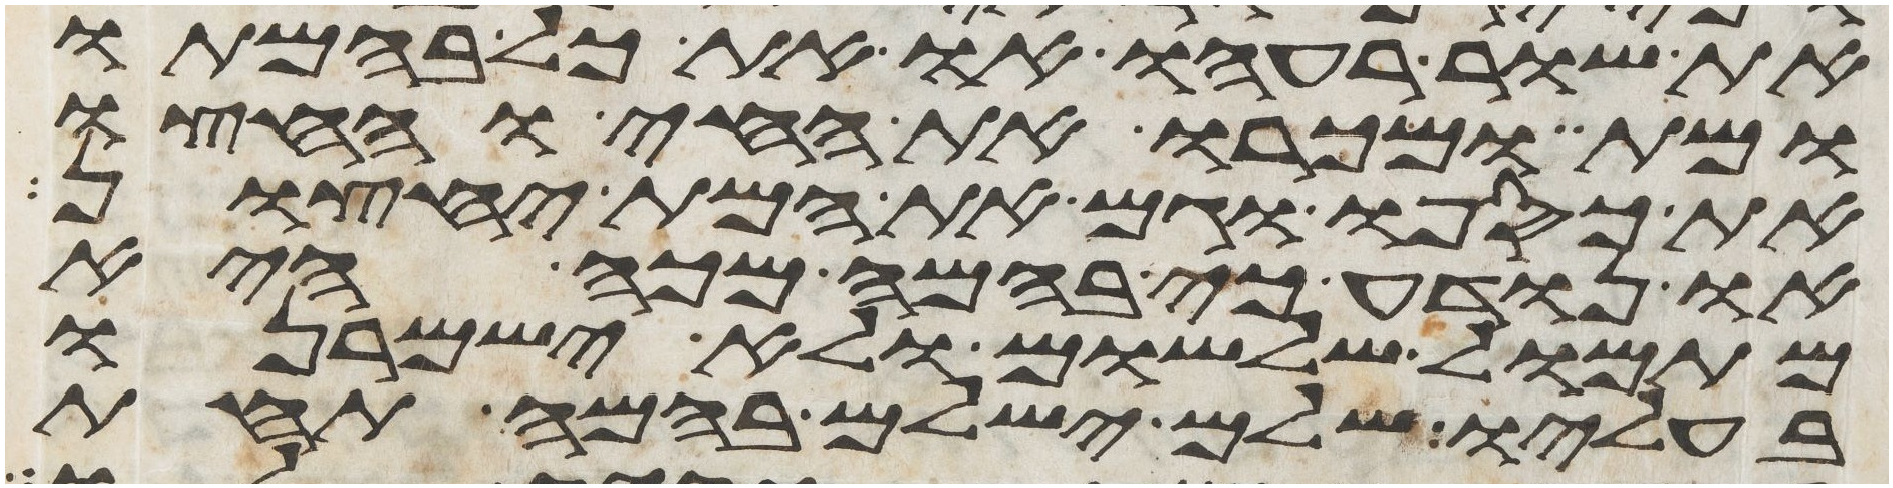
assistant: את שור רעהו או את כל בהמתו
ומת ומכרו את החי וחצו
את כספו וגם את המת יחצון
או נודע כי בהמה מכה היא
מתמול שלשום ולא ישמרנו
בעליו שלם ישלם בהמה תחת